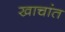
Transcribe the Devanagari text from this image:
खाचांत